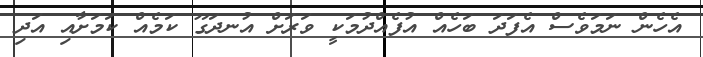
އެހެން ނަމަވެސް އެފަދަ ބަހެއް އުފެއްދުމަކީ ވަރަށް އުނދަގޫ ކަމެއް ކަމަށާއި އަދި